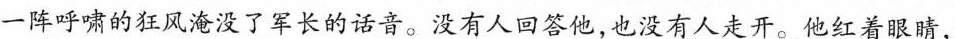
一阵呼啸的狂风淹没了军长的话音。没有人回答他，也没有人走开。他红着眼睛，